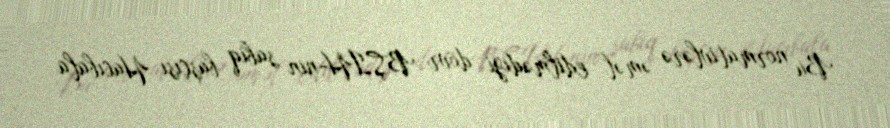
Bu normativlərə əməl edilmədiyi dövr BŞİH-nin sabiq başçısı Hacıbala